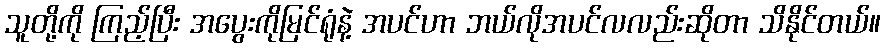
သူတို့ကို ကြည့်ပြီး အပွေးကိုမြင်ရုံနဲ့ အပင်ဟာ ဘယ်လိုအပင်လလည်းဆိုတာ သိနိုင်တယ်။